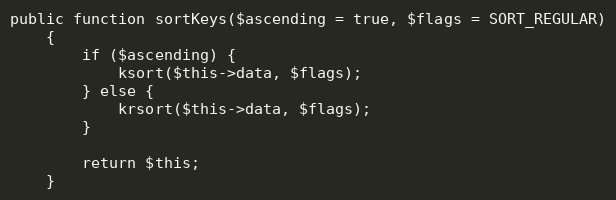
Language: PHP
public function sortKeys($ascending = true, $flags = SORT_REGULAR)
    {
        if ($ascending) {
            ksort($this->data, $flags);
        } else {
            krsort($this->data, $flags);
        }

        return $this;
    }